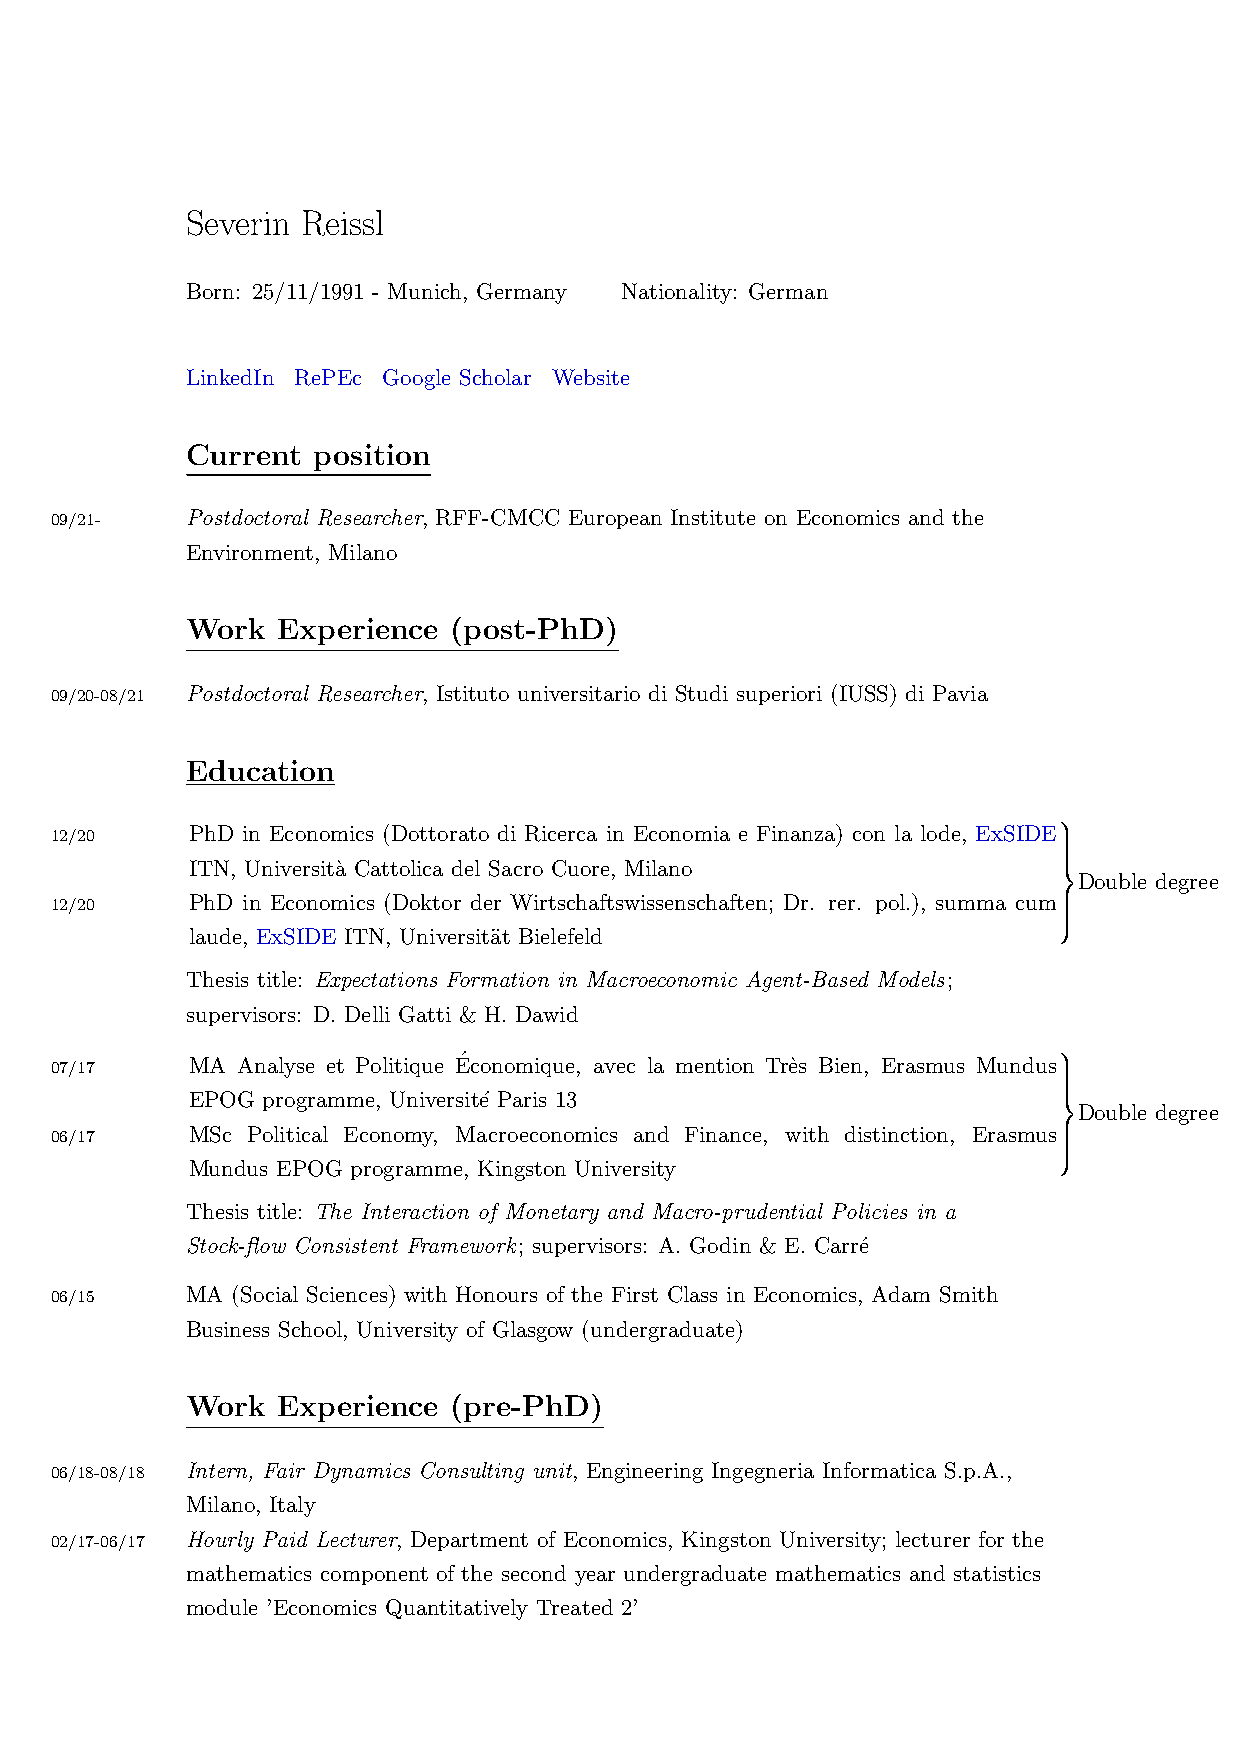
Severin Reissl
 Born: 25/11/1991 - Munich, Germany Nationality: German
 LinkedIn RePEc Google Scholar Website
 Current  position
 09/21-   Postdoctoral Researcher, RFF-CMCC European Institute on Economics and the
 Environment, Milano
 Work  Experience  (post-PhD)
 09/20-08/21 Postdoctoral Researcher, Istituto universitario di Studi superiori (IUSS) di Pavia
 Education
 
 12/20    PhD in Economics (Dottorato di Ricerca in Economia e Finanza) con la lode, ExSIDE 
 
 
 ITN, Universit`a Cattolica del Sacro Cuore, Milano        
 Double degree
 12/20    PhD in Economics (Doktor der Wirtschaftswissenschaften; Dr. rer. pol.), summa cum 
 
 
 laude, ExSIDE ITN, Universit¨at Bielefeld
 Thesis title: Expectations Formation in Macroeconomic Agent-Based Models;
 supervisors: D. Delli Gatti & H. Dawid
 07/17    MA  Analyse et Politique E´conomique, avec la mention Tr`es Bien, Erasmus Mundus 
 
 
 EPOG programme, Universit´e Paris 13                      
 Double degree
 06/17    MSc Political Economy, Macroeconomics and Finance, with distinction, Erasmus 
 
 
 Mundus EPOG programme, Kingston University
 Thesis title: The Interaction of Monetary and Macro-prudential Policies in a
 Stock-flow Consistent Framework; supervisors: A. Godin & E. Carr´e
 06/15    MA (Social Sciences) with Honours of the First Class in Economics, Adam Smith
 Business School, University of Glasgow (undergraduate)
 Work  Experience  (pre-PhD)
 06/18-08/18 Intern, Fair Dynamics Consulting unit, Engineering Ingegneria Informatica S.p.A.,
 Milano, Italy
 02/17-06/17 Hourly Paid Lecturer, Department of Economics, Kingston University; lecturer for the
 mathematics component of the second year undergraduate mathematics and statistics
 module ’Economics Quantitatively Treated 2’